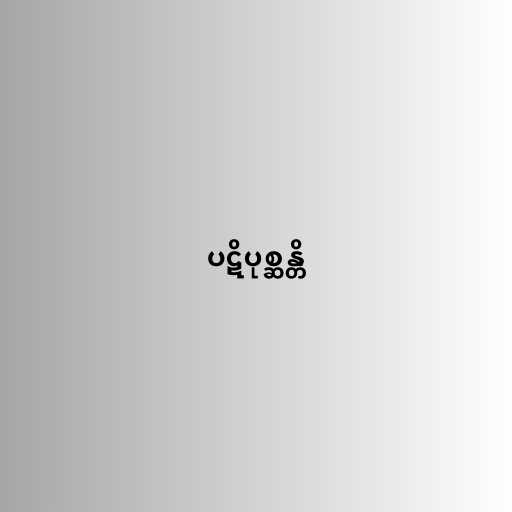
ပဋိပုစ္ဆန္တိ